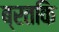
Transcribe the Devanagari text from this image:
ब्रतकि